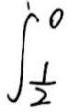
\[\int_{\frac{1}{2}}^{0}\]